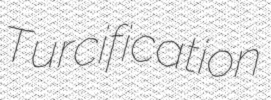
Turcification